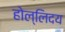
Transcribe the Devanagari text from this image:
होल्लिदय